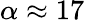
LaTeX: \alpha\approx 17